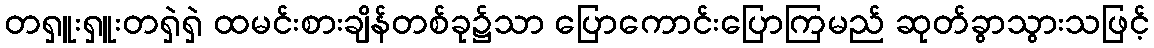
တရှူးရှူးတရှဲရှဲ ထမင်းစားချိန်တစ်ခု၌သာ ပြောကောင်းပြောကြမည် ဆုတ်ခွာသွားသဖြင့်